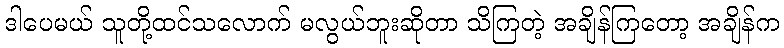
ဒါပေမယ် သူတို့ထင်သလောက် မလွယ်ဘူးဆိုတာ သိကြတဲ့ အချိန်ကြတော့ အချိန်က